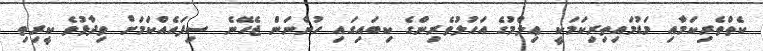
ކެތްތެރިކަމާއި މަޑުމައިތިރިކަމަކީ ޢިލްމުގެ އަހުލުވެރިންގެ ކިބައިގައި ހުންނަން ޖެހޭނެ ސިފައެއްކަމަށް ވިދާޅުވެ ކީރިތި